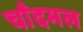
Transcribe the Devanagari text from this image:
चाँदमल